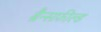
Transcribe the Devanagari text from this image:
ब्रैन्सफ़ील्ड